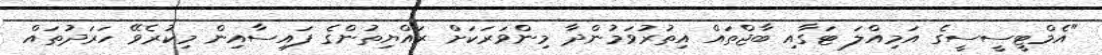
"އެމްޓީސީސީގެ އަމިއްލަ ޓަގާއި ބާޖްތައް އިތުރުވަމުންދާ މިންވަރަކަށް ރައްޔިތުންގެ ފައިސާއިން މިކުރެވޭ ހަރަދުތައް